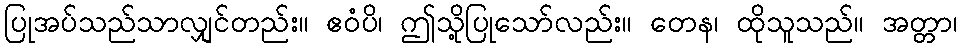
ပြုအပ်သည်သာလျှင်တည်း။ ဧဝံပိ၊ ဤသို့ပြုသော်လည်း။ တေန၊ ထိုသူသည်။ အတ္တာ၊